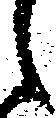
之